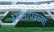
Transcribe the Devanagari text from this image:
स्थानापन्नच्या